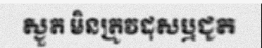
ស្ងួត មិនត្រូវដុសឬជូត